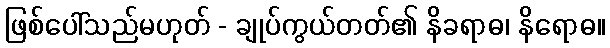
ဖြစ်ပေါ်သည်မဟုတ် - ချုပ်ကွယ်တတ်၏ နိခရာဓ၊ နိရောဓ။